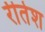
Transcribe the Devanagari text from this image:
रीतेश